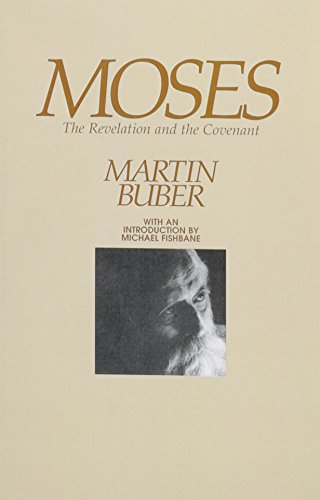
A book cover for Moses; Martin Buber; Christian Books & Bibles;